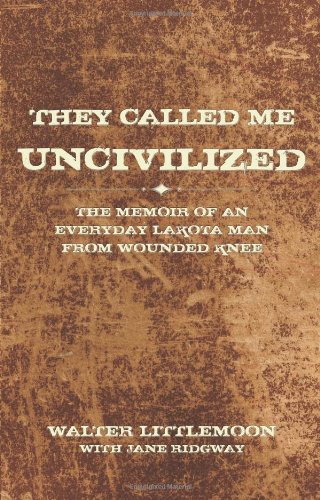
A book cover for They Called Me Uncivilized: The Memoir of an Everyday Lakota Man from Wounded Knee; Walter Littlemoon; Biographies & Memoirs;